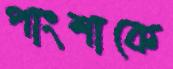
পাংশাকে